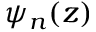
\psi _ { n } ( z )